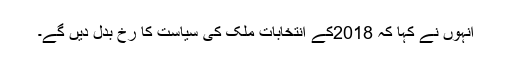
انہوں نے کہا کہ 2018کے انتخابات ملک کی سیاست کا رخ بدل دیں گے۔